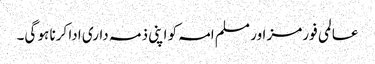
عالمی فورمز اور مسلم امہ کو اپنی ذمہ داری ادا کرنا ہو گی۔